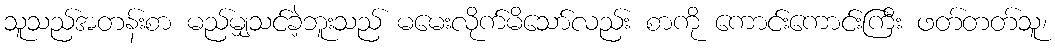
သူသည်အတန်းစာ မည်မျှသင်ခဲ့ဘူးသည် မမေးလိုက်မိသော်လည်း စာကို ကောင်းကောင်းကြီး ဖတ်တတ်သူ၊